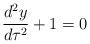
LaTeX: \begin{align*}\frac{d^2y}{d\tau ^2}+1=0\end{align*}